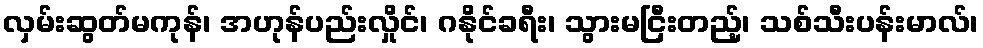
လှမ်းဆွတ်မကုန်၊ အဟုန်ပည်းလှိုင်၊ ဂနိုင်ခရီး၊ သွားမငြီးတည့်၊ သစ်သီးပန်းမာလ်၊